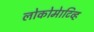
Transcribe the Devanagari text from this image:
लोकोमेाटिव्ह